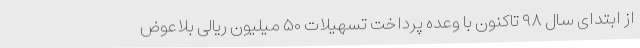
از ابتدای سال ۹۸ تاکنون با وعده پرداخت تسهیلات ۵۰ میلیون ریالی بلاعوض